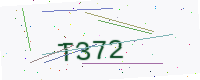
Text: T372